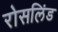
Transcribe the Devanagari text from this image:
रोसलिंड